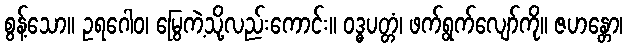
စွန့်သော။ ဥရဂေါဝ၊ မြွေကဲ့သို့လည်းကောင်း။ ဝဒ္ဓပတ္တံ၊ ဖက်ရွက်လျော်ကို။ ဇဟန္တော၊